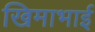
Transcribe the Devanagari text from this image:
खिमाभाई